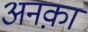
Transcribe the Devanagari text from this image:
अनक़ा